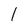
Character: l